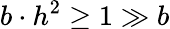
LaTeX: b\cdot h^{2}\geq 1\gg b